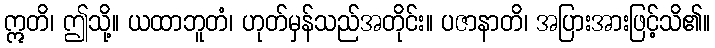
ဣတိ၊ ဤသို့။ ယထာဘူတံ၊ ဟုတ်မှန်သည်အတိုင်း။ ပဇာနာတိ၊ အပြားအားဖြင့်သိ၏။